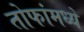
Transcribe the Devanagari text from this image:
तोफांमध्ये